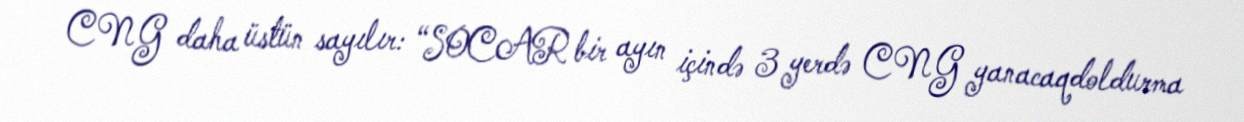
CNG daha üstün sayılır: “SOCAR bir ayın içində 3 yerdə CNG yanacaqdoldurma